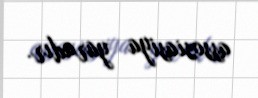
assosiasiya yaradır.